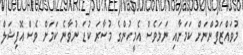
މުވައްޒަފުންނަށް ކަމަށާއި ނަމަވެސް އެމީހުންގެ މުސާރަ ކުޑަ ނުވާނެ ކަމަށް ވެސް އޮފިޝަލް